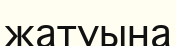
жатуына